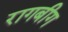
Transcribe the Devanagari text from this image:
रागबीग